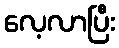
လေ့လာပြီး